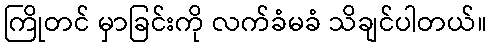
ကြိုတင် မှာခြင်းကို လက်ခံမခံ သိချင်ပါတယ်။